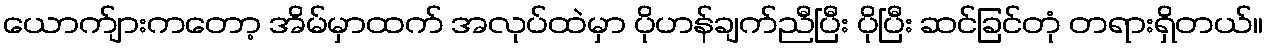
ယောက်ျားကတော့ အိမ်မှာထက် အလုပ်ထဲမှာ ပိုဟန်ချက်ညီပြီး ပိုပြီး ဆင်ခြင်တုံ တရားရှိတယ်။